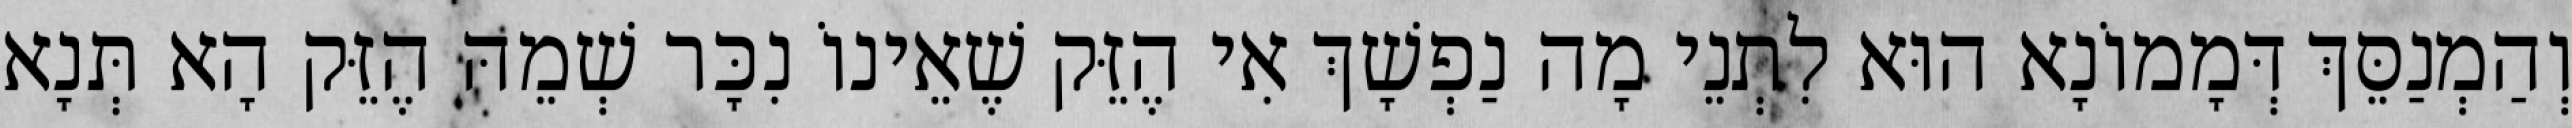
וְהַמְנַסֵּךְ דְּמָמוֹנָא הוּא לִתְנֵי מָה נַפְשָׁךְ אִי הֶזֵּק שֶׁאֵינוֹ נִכָּר שְׁמֵהּ הֶזֵּק הָא תְּנָא